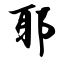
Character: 耶